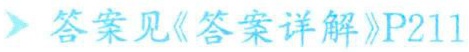
答案见《答案详解》P211